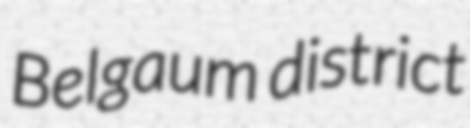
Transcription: Belgaum district